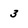
Character: 3